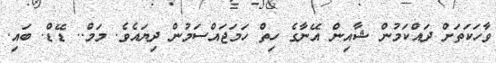
ވާހަކަތަށް ދައްކަމުން ޝާއިން އޭނާގެ ހިތް ހަމަޖައްސަމުން ދިޔައެވެ. މަމް.. ޑޭޑް. ބައި.